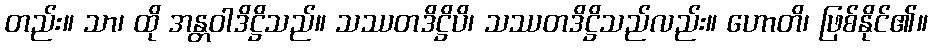
တည်း။ သာ၊ ထို အန္တဝါဒိဋ္ဌိသည်။ သဿတဒိဋ္ဌိပိ၊ သဿတဒိဋ္ဌိသည်လည်း။ ဟောတိ၊ ဖြစ်နိုင်၏။